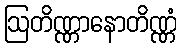
ဩတိဏ္ဏာနောတိဏ္ဏံ